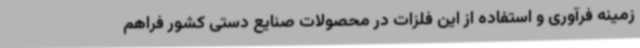
زمینه فرآوری و استفاده از این فلزات در محصولات صنایع دستی کشور فراهم